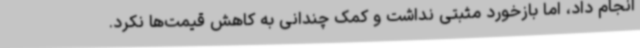
انجام داد، اما بازخورد مثبتی نداشت و کمک چندانی به کاهش قیمت‌ها نکرد.